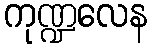
ကုဏ္ဍလေန